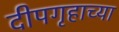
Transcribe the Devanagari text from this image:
दीपगृहाच्या